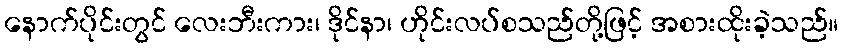
နောက်ပိုင်းတွင် လေးဘီးကား၊ ဒိုင်နာ၊ ဟိုင်းလပ်စသည်တို့ဖြင့် အစားထိုးခဲ့သည်။